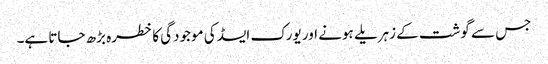
جس سے گوشت کے زہریلے ہونے اور یورک ایسڈ کی موجودگی کا خطرہ بڑھ جاتا ہے۔